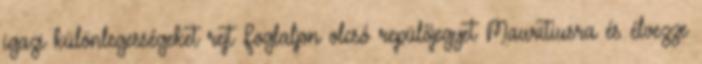
igazi különlegességeket rejt Foglaljon olcsó repülőjegyet Mauritiusra és élvezze